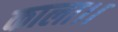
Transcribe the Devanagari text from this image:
काला।।